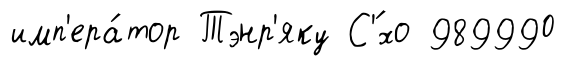
имп'ера́тор Тэнр'яку С'́хо 989990